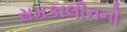
સમકાલીનનો